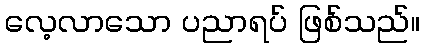
လေ့လာသော ပညာရပ် ဖြစ်သည်။